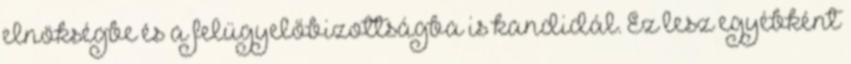
elnökségbe és a felügyelőbizottságba is kandidál. Ez lesz egyébként